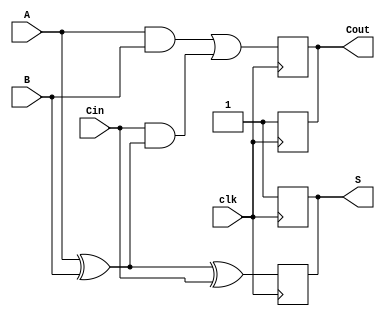
module dynamic_full_adder (
    input wire A,      // First binary input
    input wire B,      // Second binary input
    input wire Cin,    // Carry-in input
    input wire clk,    // Clock signal
    output reg S,      // Sum output
    output reg Cout    // Carry-out output
);

    reg precharge; // Signal to indicate precharge phase

    // Precharge phase
    always @(posedge clk) begin
        // During the precharge phase, set outputs to high
        precharge <= 1'b1;
        S <= 1'b1;    // Precharge sum to 1
        Cout <= 1'b1; // Precharge carry-out to 1
    end

    // Evaluation phase
    always @(negedge clk) begin
        precharge <= 1'b0; // End precharge phase

        // Calculate sum and carry-out based on inputs
        S <= (A ^ B) ^ Cin; // Sum = A XOR B XOR Cin
        Cout <= (A & B) | (Cin & (A ^ B)); // Carry-out = (A AND B) OR (Cin AND (A XOR B))
    end

endmodule